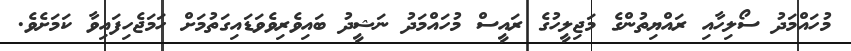
މުހައްމަދު ސޯލިހާއި ރައްޔިތުންގެ މަޖިލީހުގެ ރައީސް މުހައްމަދު ނަޝީދު ބައިވެރިވެވަޑައިގަތުމަށް ހަމަޖެހިފައިވާ ކަމަށެވެ.